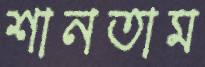
শানতাম